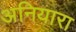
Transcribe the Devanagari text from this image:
अनियारा